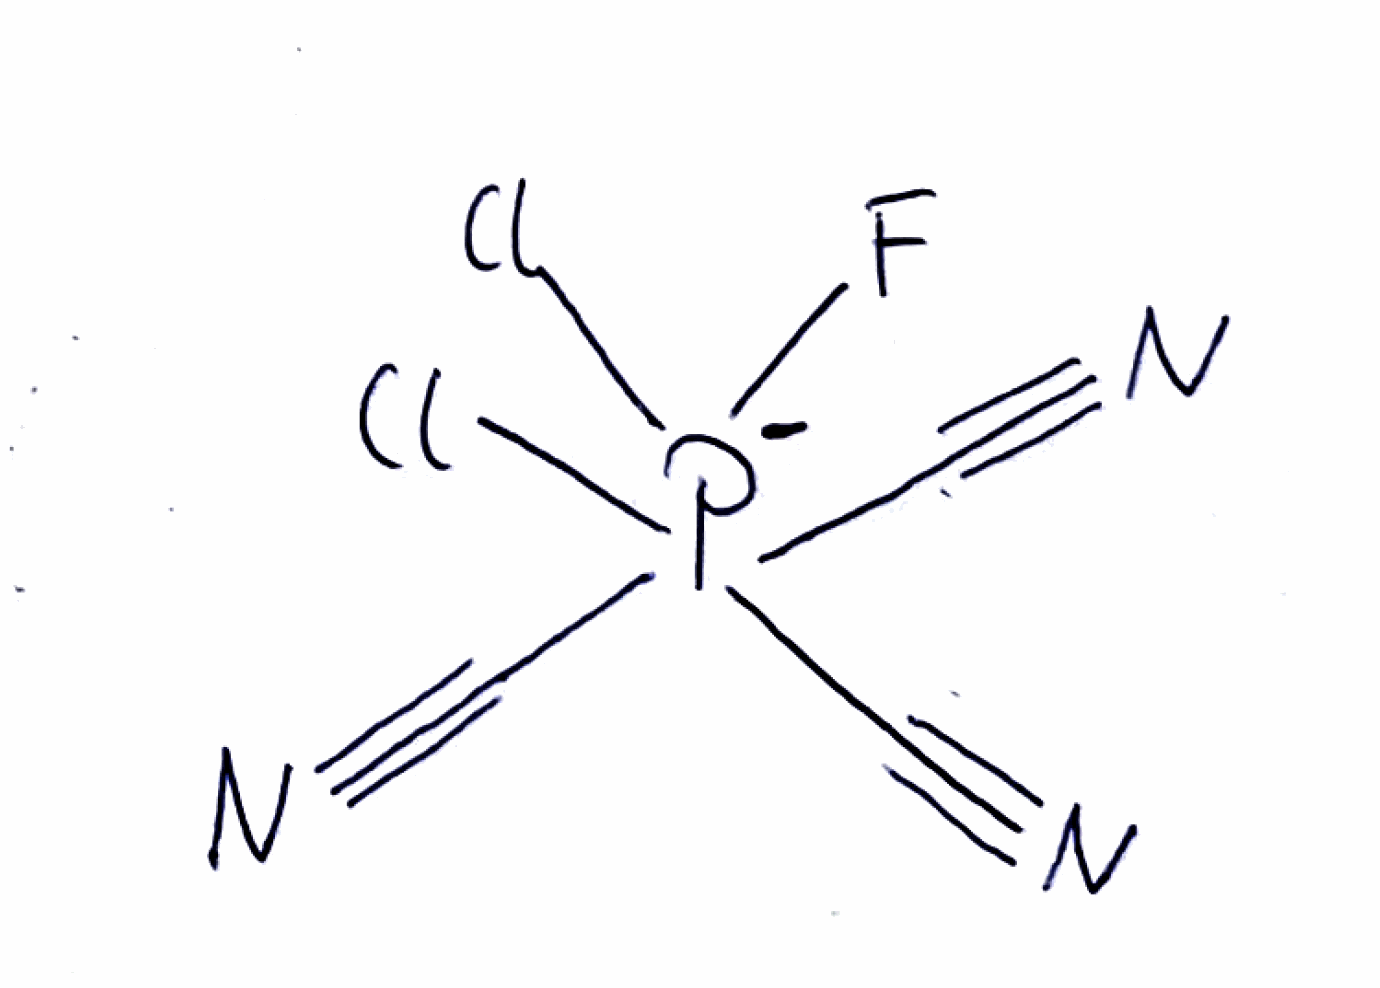
Simplified molecular-input line-entry system (SMILES) notation of the given molecule:
C(#N)[P-](C#N)(C#N)(F)(Cl)Cl